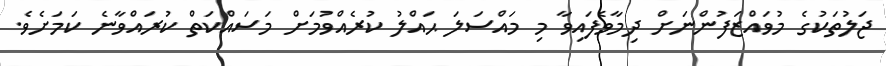
ޖަލުތަކުގެ މުވައްޒަފުންނަށް ދިމާވެފައިވާ މި މައްސަލަ ޙައްލު ކުރެއްވުމަށް މަސައްކަތް ކުރައްވާނެ ކަމަށެވެ.